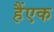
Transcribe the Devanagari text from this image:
हैंएक